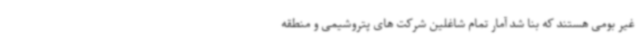
غیر بومی هستند که بنا شد آمار تمام شاغلین شرکت های پتروشیمی و منطقه